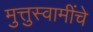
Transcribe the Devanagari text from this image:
मुत्तुस्वामींचे